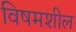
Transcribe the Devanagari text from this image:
विषमशील